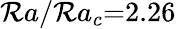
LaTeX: \mathcal{R}a/\mathcal{R}a_{c}{=}2.26